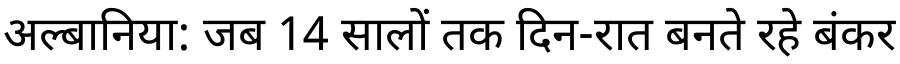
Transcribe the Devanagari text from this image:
अल्बानिया: जब 14 सालों तक दिन-रात बनते रहे बंकर